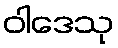
ဝါဒေသု